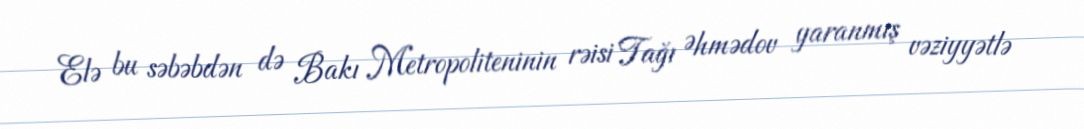
Elə bu səbəbdən də Bakı Metropoliteninin rəisi Tağı Əhmədov yaranmış vəziyyətlə